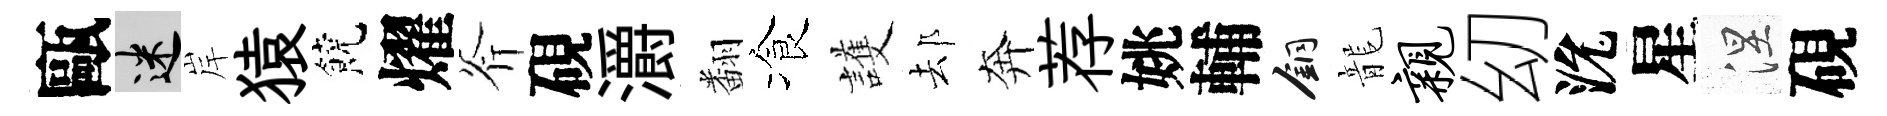
甌迷岸猿饒燿斧硯灂翻飡護𨚫奔荐姚輔銅龍亲㓜沇星涅硯